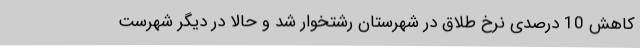
کاهش 10 درصدی نرخ طلاق در شهرستان رشتخوار شد و حالا در دیگر شهرست